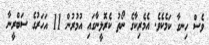
ވެސް ހިނގާ ކަމެކެވެ. އެމެރިކާގެ ނޯތު ކެރޮލީނާގައި އުމުރުން 11 އަހަރުގެ ސަބްރީނާ